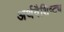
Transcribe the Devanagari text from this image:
अर्थवैशिष्ट्य